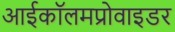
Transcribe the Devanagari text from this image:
आईकॉलमप्रोवाइडर